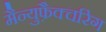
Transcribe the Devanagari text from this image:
मैन्युफ़ैक्चरिंग